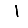
Digit: 1